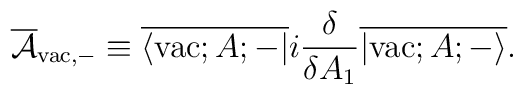
\overline{\cal A}_{{\rm vac},-} \equiv\overline{\langle {\rm vac};A;-|} i\frac{\delta}{\delta A_1} \overline{|{\rm vac};A;- \rangle}.